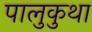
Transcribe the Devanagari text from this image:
पालुकुथा